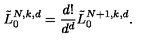
\tilde { L } _ { 0 } ^ { N , k , d } = \frac { d ! } { d ^ { d } } \tilde { L } _ { 0 } ^ { N + 1 , k , d } .